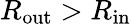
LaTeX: R_{\mathrm{{out}}}>R_{\mathrm{{in}}}